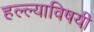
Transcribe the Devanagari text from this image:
हल्ल्याविषयी